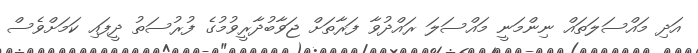
އަދި މައްސަލަތައް ނިންމަނީ މައްސަލަ ރައްދުވާ ފަރާތަށް ޖަވާބުދާރީވުމުގެ ފުރުސަތު ދީފައި ކަމަށްވެސް